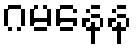
ဂမနေန